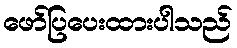
ဖော်ပြပေးထားပါသည်